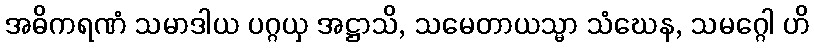
အဓိကရဏံ သမာဒါယ ပဂ္ဂယှ အဋ္ဌာသိ, သမေတာယသ္မာ သံဃေန, သမဂ္ဂေါ ဟိ